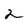
Character: 2